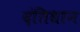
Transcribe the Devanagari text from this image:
दंतिधान